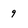
Character: 9